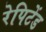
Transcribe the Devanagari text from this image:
रेपिटेंड